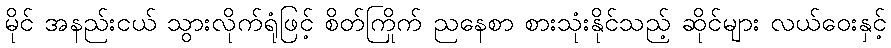
မိုင် အနည်းငယ် သွားလိုက်ရုံဖြင့် စိတ်ကြိုက် ညနေစာ စားသုံးနိုင်သည့် ဆိုင်များ လယ်ဝေးနှင့်